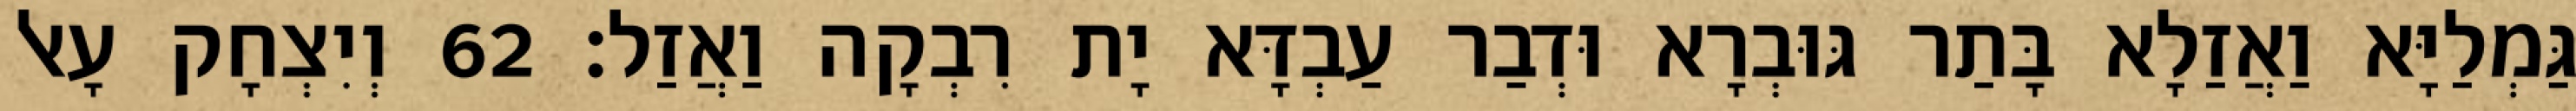
גַּמְלַיָּא וַאֲזַלָא בָּתַר גּוּבְרָא וּדְבַר עַבְדָּא יָת רִבְקָה וַאֲזַל׃ 62 וְיִצְחָק עָאל